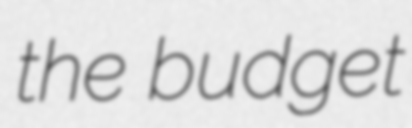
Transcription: the budget